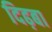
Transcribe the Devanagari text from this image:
दिढ़बा